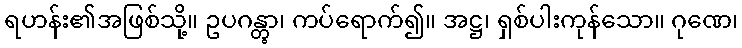
ရဟန်း၏အဖြစ်သို့။ ဥပဂန္တွာ၊ ကပ်ရောက်၍။ အဋ္ဌ၊ ရှစ်ပါးကုန်သော။ ဂုဏေ၊